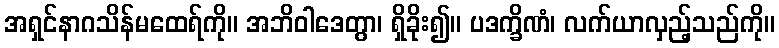
အရှင်နာဂသိန်မထေရ်ကို။ အဘိဝါဒေတွာ၊ ရှိခိုး၍။ ပဒက္ခိဏံ၊ လက်ယာလှည့်သည်ကို။